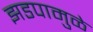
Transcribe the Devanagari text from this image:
झडपामुळे